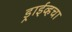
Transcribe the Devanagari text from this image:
ड्राईव्हचा